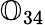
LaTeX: {\mathbb O}_{34}